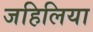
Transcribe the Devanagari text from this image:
जहिलिया